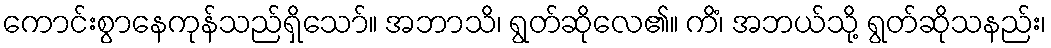
ကောင်းစွာနေကုန်သည်ရှိသော်။ အဘာသိ၊ ရွတ်ဆိုလေ၏။ ကိံ၊ အဘယ်သို့ ရွတ်ဆိုသနည်း၊